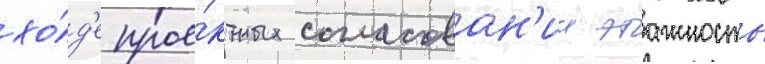
хо́д'е прое́ктных согласован'ии этажность